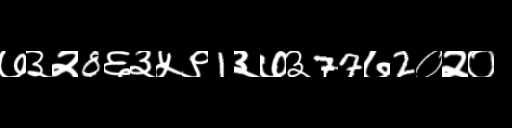
Text: ७३२8६३५९1३७३77७2०२०